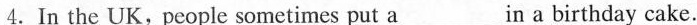
4.In the UK,people sometimes put a___in a birthday cake.